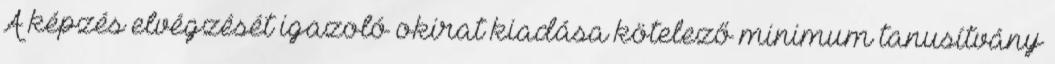
A képzés elvégzését igazoló okirat kiadása kötelező minimum tanusítvány